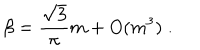
\beta = \frac { \sqrt { 3 } } { \pi } m + O ( m ^ { 3 } ) \; .